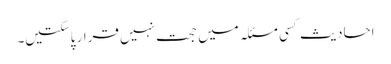
احادیث کسی مسئلہ میں حجت نہیں قرار پاسکتیں۔